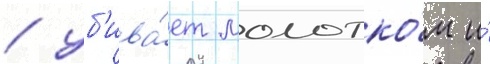
/ уб'ива́ет молотко́м и́